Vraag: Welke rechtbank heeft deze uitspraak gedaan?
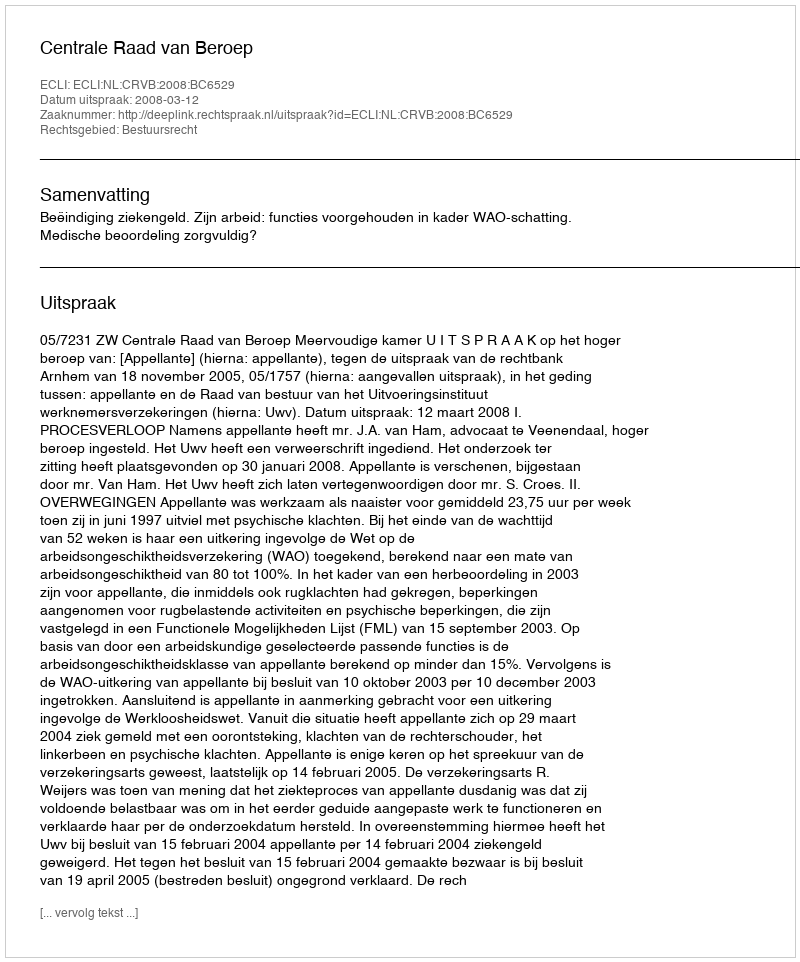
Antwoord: Centrale Raad van Beroep